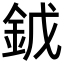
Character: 龯